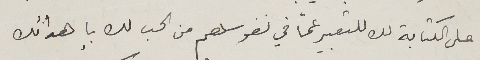
على الكتابة لك للتعبير عمّا في نفوسهم من الحب لك بإهدائك